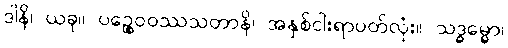
ဒါနိ၊ ယခု။ ပဉ္စေဝဝဿသတာနိ၊ အနှစ်ငါးရာပတ်လုံး။ သဒ္ဓမ္မော၊